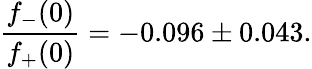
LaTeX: \frac{f_{-}(0)}{f_{+}(0)}=-0.096\pm 0.043.